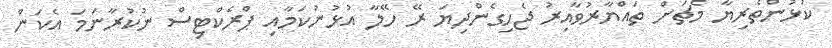
ކުޅުންތެރިޔާ މެޗަށް ތައްޔާރުވާއިރު ޖެހިގެންދިޔަ ރޭ ހޭލާ އުޅުނުކަމާއި ޕްރެކްޓިސް ނުކުރާނަމަ އެކަން